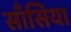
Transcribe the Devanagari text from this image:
साँसिया